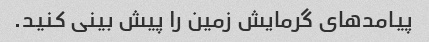
پیامدهای گرمایش زمین را پیش بینی کنید.